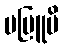
ပဗြူမိ